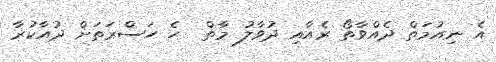
އެ ނިއުމަތް ދެއްވާތޯ ރެއާއި ދުވާލު މާތް  ހެ ހަސްރަތަށް ދުއާކުރާ